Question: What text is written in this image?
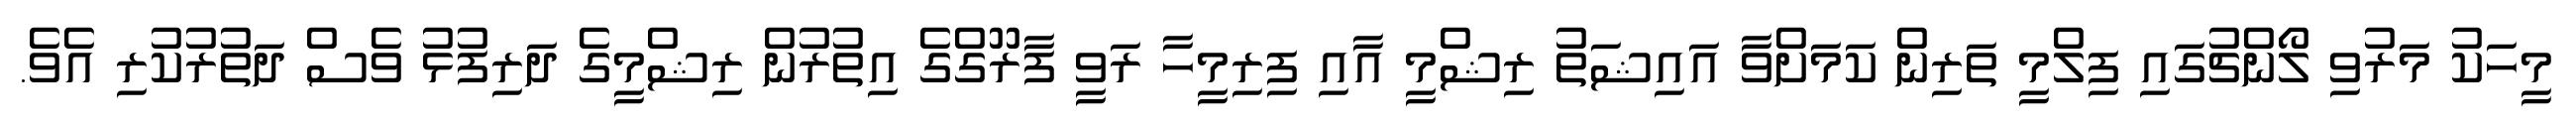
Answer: މީހަކު މަރުވި ލޯންޗުގައި ފިލްމީ ތަރިން ކަމަށްވާ އައިޝަތު ރިޝްމީ އާއި ފިރިމީހާ ރަވީ ފާރޫގްގެ އިތުރުން ރިޝްމީގެ ދަރިފުޅު ވެސް ދަތުރުކުރި އެވެ.